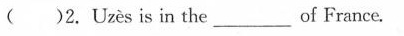
( )2. Uzès is in the___of France.